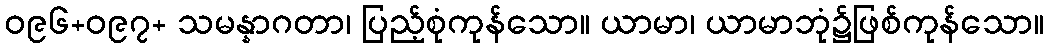
ဝ၉၆+ဝ၉၇+ သမန္နာဂတာ၊ ပြည့်စုံကုန်သော။ ယာမာ၊ ယာမာဘုံ၌ဖြစ်ကုန်သော။